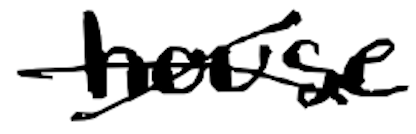
Text: house
Cross-out: cross
Writing tool: digital_black